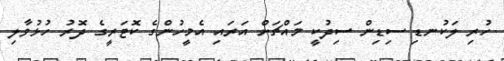
ހުރި ލަކުނޑި ސިޑިން ސިދުކީ މައްޗަށް އަރައި އެމީހުންގެ ކޮޓަރީގެ ދޮރު ހުޅުވާލި